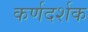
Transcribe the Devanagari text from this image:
कर्णदर्शक